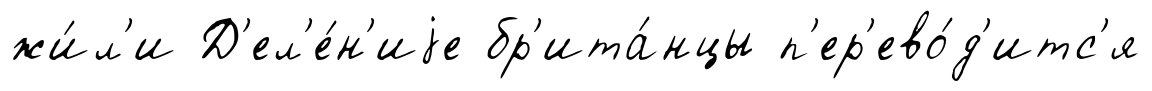
жи́л'и Д'ел'е́н'иjе бр'ита́нцы п'ер'ево́д'итс'я